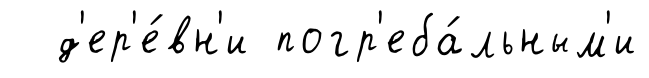
д'ер'е́вн'и погр'еба́льным'и